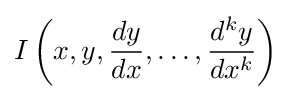
I\left(x,y,{\frac {dy}{dx}},\dots ,{\frac {d^{k}y}{dx^{k}}}\right)